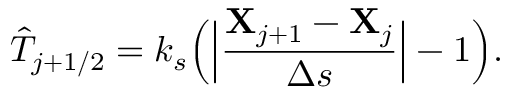
\hat { T } _ { j + 1 / 2 } = k _ { s } \Big ( \Big | \frac { { \bf { X } } _ { j + 1 } - { \bf { X } } _ { j } } { \Delta s } \Big | - 1 \Big ) .